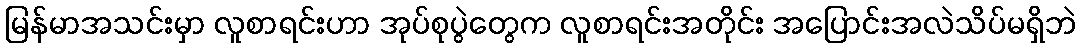
မြန်မာအသင်းမှာ လူစာရင်းဟာ အုပ်စုပွဲတွေက လူစာရင်းအတိုင်း အပြောင်းအလဲသိပ်မရှိဘဲ